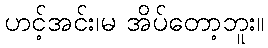
ဟင့်အင်း၊မ အိပ်တော့ဘူး။